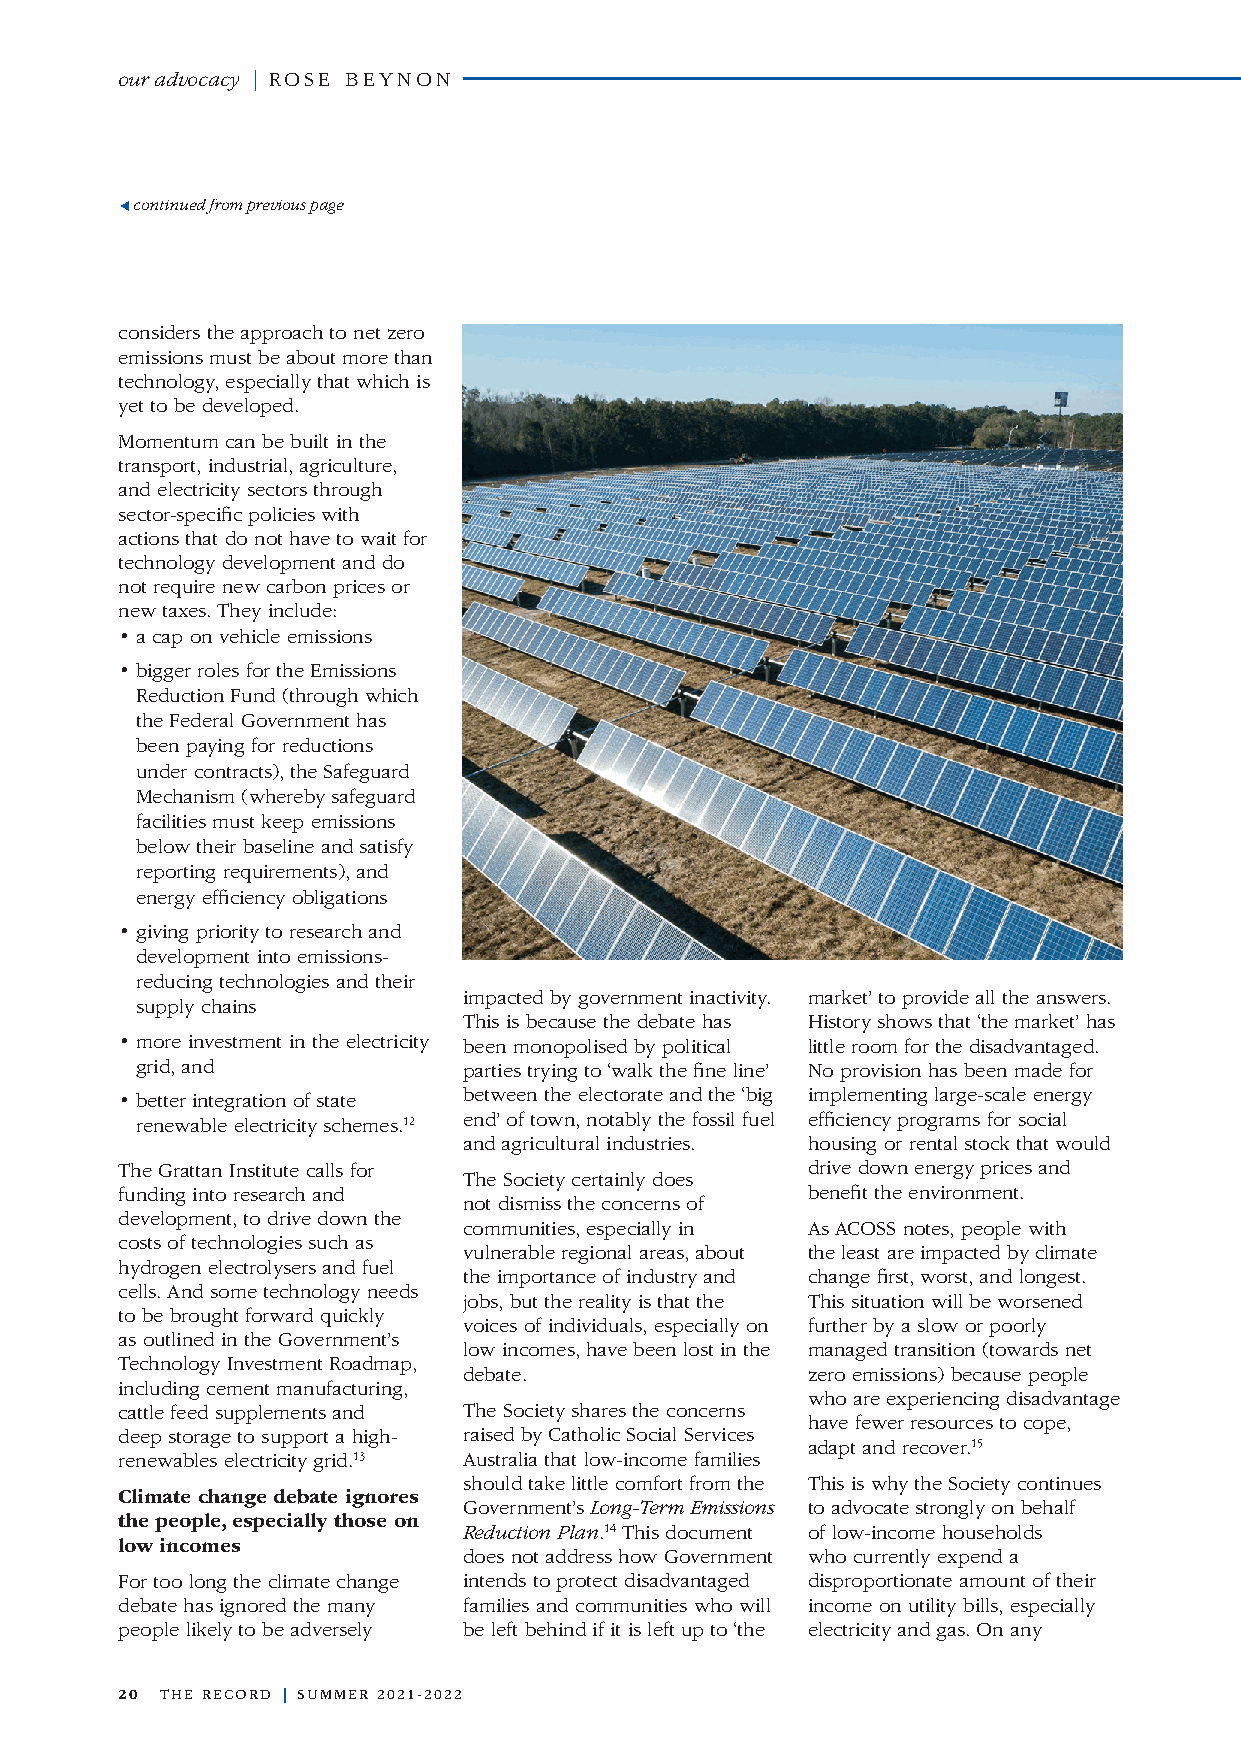
our advocacy | ROSE BEYNON
 continued from previous page
 considers the approach to net zero
 emissions must be about more than
 technology, especially that which is
 yet to be developed.
 Momentum can be built in the
 transport, industrial, agriculture,
 and electricity sectors through
 sector-specific policies with
 actions that do not have to wait for
 technology development and do
 not require new carbon prices or
 new taxes. They include:
 • a cap on vehicle emissions
 • bigger roles for the Emissions
 Reduction Fund (through which
 the Federal Government has
 been paying for reductions
 under contracts), the Safeguard
 Mechanism (whereby safeguard
 facilities must keep emissions
 below their baseline and satisfy
 reporting requirements), and
 energy efficiency obligations
 • giving priority to research and
 development into emissions-
 reducing technologies and their
 impacted by government inactivity. market’ to provide all the answers.
 supply chains
 This is because the debate has History shows that ‘the market’ has
 • more investment in the electricity been monopolised by political little room for the disadvantaged.
 grid, and             parties trying to ‘walk the fine line’ No provision has been made for
 • better integration of state between the electorate and the ‘big implementing large-scale energy
 renewable electricity schemes.12 end’ of town, notably the fossil fuel efficiency programs for social
 and agricultural industries. housing or rental stock that would
 The Grattan Institute calls for              drive down energy prices and
 The Society certainly does
 funding into research and                    benefit the environment.
 not dismiss the concerns of
 development, to drive down the
 communities, especially in As ACOSS notes, people with
 costs of technologies such as
 vulnerable regional areas, about the least are impacted by climate
 hydrogen electrolysers and fuel
 the importance of industry and change first, worst, and longest.
 cells. And some technology needs
 jobs, but the reality is that the This situation will be worsened
 to be brought forward quickly
 voices of individuals, especially on further by a slow or poorly
 as outlined in the Government’s
 low incomes, have been lost in the managed transition (towards net
 Technology Investment Roadmap,
 debate.               zero emissions) because people
 including cement manufacturing,
 who are experiencing disadvantage
 cattle feed supplements and The Society shares the concerns
 have fewer resources to cope,
 deep storage to support a high- raised by Catholic Social Services
 adapt and recover.15
 renewables electricity grid.13 Australia that low-income families
 should take little comfort from the This is why the Society continues
 Climate change debate ignores
 Government’s Long-Term Emissions to advocate strongly on behalf
 the people, especially those on
 Reduction Plan.14 This document of low-income households
 low incomes
 does not address how Government who currently expend a
 For too long the climate change intends to protect disadvantaged disproportionate amount of their
 debate has ignored the many families and communities who will income on utility bills, especially
 people likely to be adversely be left behind if it is left up to ‘the electricity and gas. On any
 20 THE RECORD | SUMMER 2021-2022